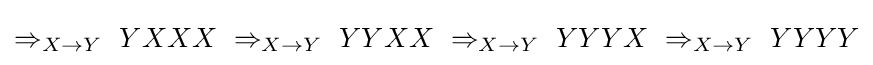
\Rightarrow _{X\to Y}\ YXXX\ \Rightarrow _{X\to Y}\ YYXX\ \Rightarrow _{X\to Y}\ YYYX\ \Rightarrow _{X\to Y}\ YYYY